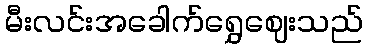
မီးလင်းအခေါက်ရွှေဈေးသည်